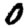
Digit: 0